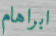
ابراهام